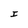
Character: I